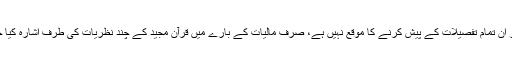
اس مقام پر ان تمام تفصيلات کے پيش کرنے کا موقع نہيں ہے، صرف ماليات کے بارے ميں قرآن مجيد کے چند نظريات کى طرف اشارہ کيا جا رہا ہے۔